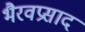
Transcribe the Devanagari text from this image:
भैरवप्रसाद